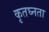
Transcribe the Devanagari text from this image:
कृतघ्नता